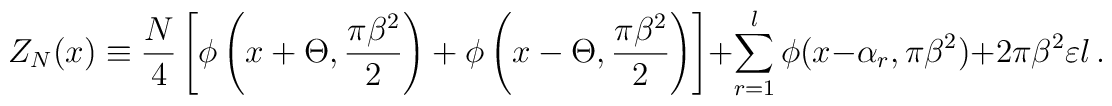
Z_N(x)\equiv \frac {N}{4}\left [\phi \left (x +\Theta, \frac {\pi \beta ^2}{2} \right )+\phi \left(x -\Theta, \frac {\pi \beta ^2}{2}\right) \right]+\sum _{r=1}^{l}\phi (x -\alpha _r, \pi \beta ^2)+2\pi \beta ^2 \varepsilon l  \, .